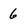
Character: 6